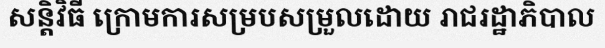
សន្តិវិធី ក្រោមការសម្របសម្រួលដោយ រាជរដ្ឋាភិបាល